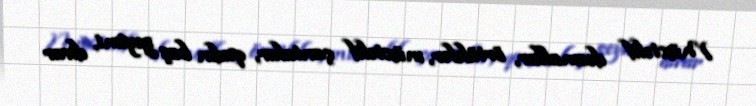
Müxtəlif dəsmallar, örtüklər, müxtəlif çantalar, qadın baş geyimi, divar